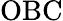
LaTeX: \mathrm{OBC}